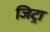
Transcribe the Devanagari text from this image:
जिट्रा